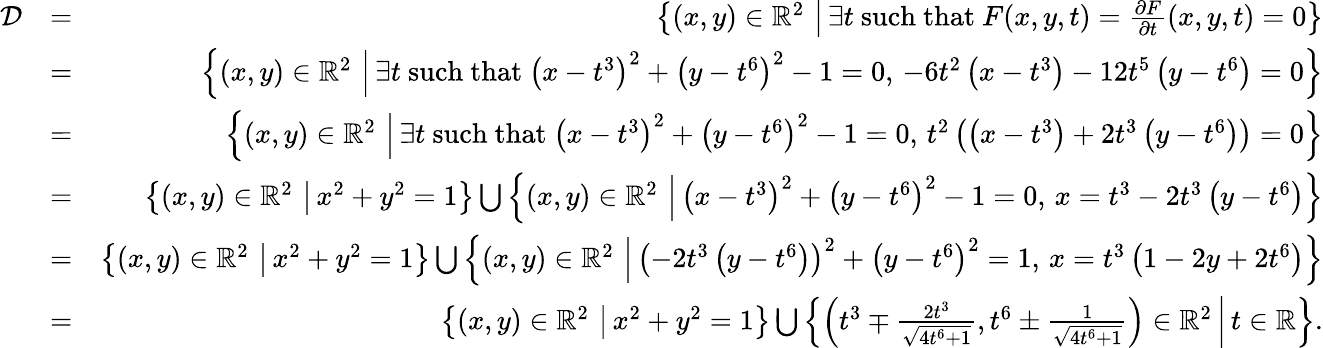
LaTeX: \begin{array}{rlr}{\mathcal{D}}&{=}&{\left\{ (x,y)\in\mathbb{R}^{2}\, \left|\, \exists t\mathrm{~such~that~}F(x,y,t)=\frac{\partial F}{\partial t}(x,y,t)=0\right.\right\} }\\ {}&{=}&{\left\{ (x,y)\in\mathbb{R}^{2}\, \left|\, \exists t\mathrm{~such~that~}\left(x-t^{3}\right)^{2}+\left(y-t^{6}\right)^{2}-1=0,\, -6t^{2}\left(x-t^{3}\right)-12t^{5}\left(y-t^{6}\right)=0\right.\right\} }\\ {}&{=}&{\left\{ (x,y)\in\mathbb{R}^{2}\, \left|\, \exists t\mathrm{~such~that~}\left(x-t^{3}\right)^{2}+\left(y-t^{6}\right)^{2}-1=0,\, t^{2}\left(\left(x-t^{3}\right)+2t^{3}\left(y-t^{6}\right)\right)=0\right.\right\} }\\ {}&{=}&{\left\{ (x,y)\in\mathbb{R}^{2}\, \left|\, x^{2}+y^{2}=1\right.\right\} \bigcup\left\{ (x,y)\in\mathbb{R}^{2}\, \left|\, \left(x-t^{3}\right)^{2}+\left(y-t^{6}\right)^{2}-1=0,\, x=t^{3}-2t^{3}\left(y-t^{6}\right)\right.\right\} }\\ {}&{=}&{\left\{ (x,y)\in\mathbb{R}^{2}\, \left|\, x^{2}+y^{2}=1\right.\right\} \bigcup\left\{ (x,y)\in\mathbb{R}^{2}\, \left|\, \left(-2t^{3}\left(y-t^{6}\right)\right)^{2}+\left(y-t^{6}\right)^{2}=1,\, x=t^{3}\left(1-2y+2t^{6}\right)\right.\right\} }\\ {}&{=}&{\left\{ (x,y)\in\mathbb{R}^{2}\, \left|\, x^{2}+y^{2}=1\right.\right\} \bigcup\left\{ \left.\left(t^{3}\mp\frac{2t^{3}}{\sqrt{4t^{6}+1}},t^{6}\pm\frac{1}{\sqrt{4t^{6}+1}}\right)\in\mathbb{R}^{2}\, \right|\, t\in\mathbb{R}\right\} .}\end{array}